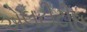
એલટીટીઇ